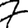
Digit: 7